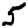
Digit: 5